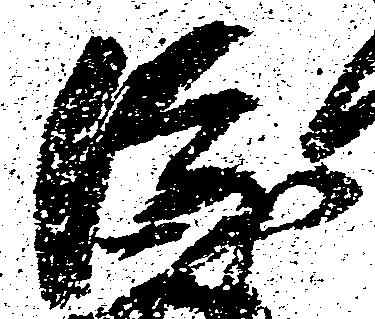
隆